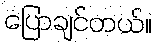
ပြောချင်တယ်။